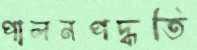
পালনপদ্ধতি